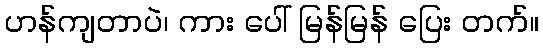
ဟန်ကျတာပဲ၊ ကား ပေါ် မြန်မြန် ပြေး တက်။